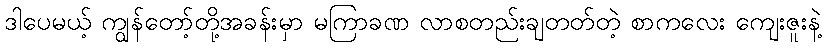
ဒါပေမယ့် ကျွန်တော့်တို့အခန်းမှာ မကြာခဏ လာစတည်းချတတ်တဲ့ စာကလေး ကျေးဇူးနဲ့